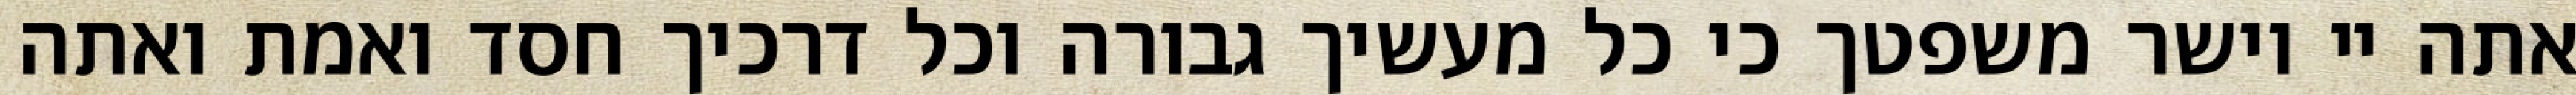
אתה יי וישר משפטך כי כל מעשיך גבורה וכל דרכיך חסד ואמת ואתה